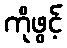
ကိုဖွင့်